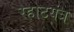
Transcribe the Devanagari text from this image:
रहाटयंत्र